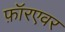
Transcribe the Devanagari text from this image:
फ़ॉरएवर